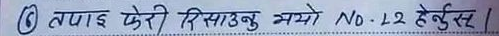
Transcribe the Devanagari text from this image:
तपाईं फेरी रिसाउनु भयो No. 22 हेर्नुस् ।